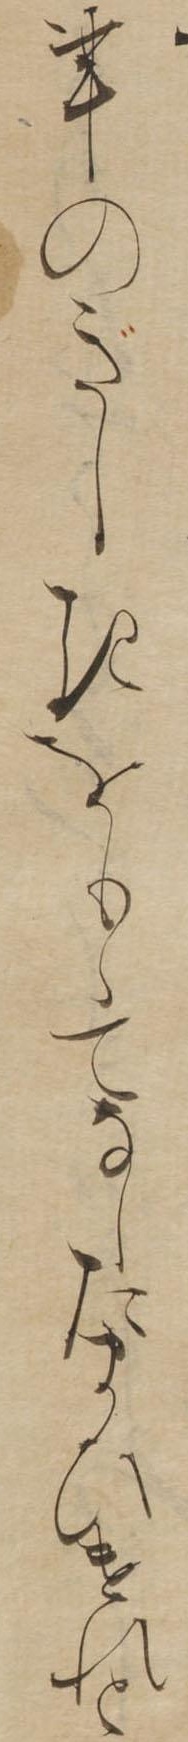
事のぎしきをもゝてなしたまひけれと